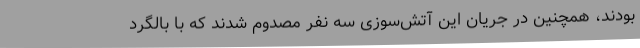
بودند، همچنین در جریان این آتش‌سوزی سه نفر مصدوم شدند که با بالگرد